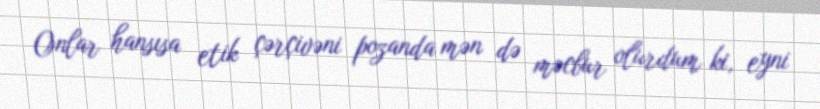
Onlar hansısa etik çərçivəni pozanda mən də məcbur olurdum ki, eyni